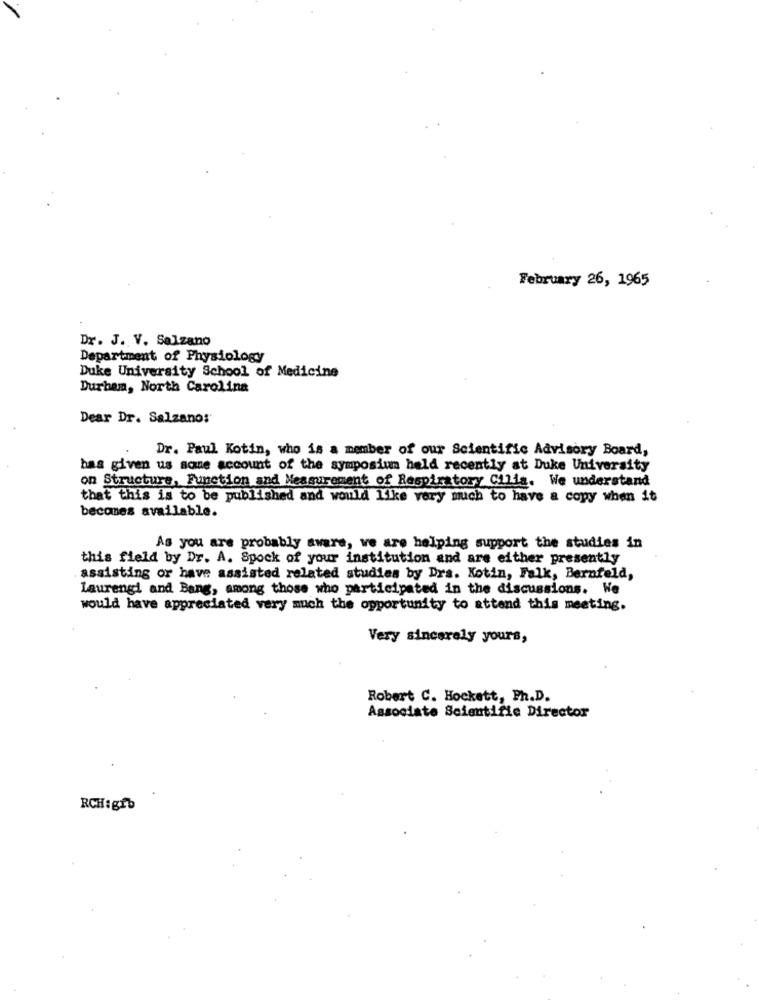
February 26, 1965
Dr. J. V. Salzano
Department of Physiology
Duke University School of Medicine
Durham, North Carolina
Dear Dr. Salzano:
Dr. Paul Kotin, who is a member of our Scientific Advisory Board,
has given us some account of the symposium held recently at Duke University
on Structure, Function and Measurement of Respiratory Cilia. We understand
that this is to be published and would like very much to have a copy when it
becomes available.
As you are probably aware, we are helping support the studies in
this field by Dr. A. Spock of your institution and are either presently
assisting or have assisted related studies by Drs. Kotin, Falk, Bernfeld,
laurengi and Bang, among those who participated in the discussions. We
would have appreciated very much the opportunity to attend this meeting.
Very sincerely yours,
Robert C. Hockett, Ph.D.
Associate Scientific Director
RCH:gib